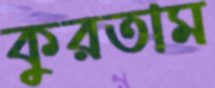
কুরতাম